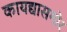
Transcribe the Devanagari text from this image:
कायद्यासमोर